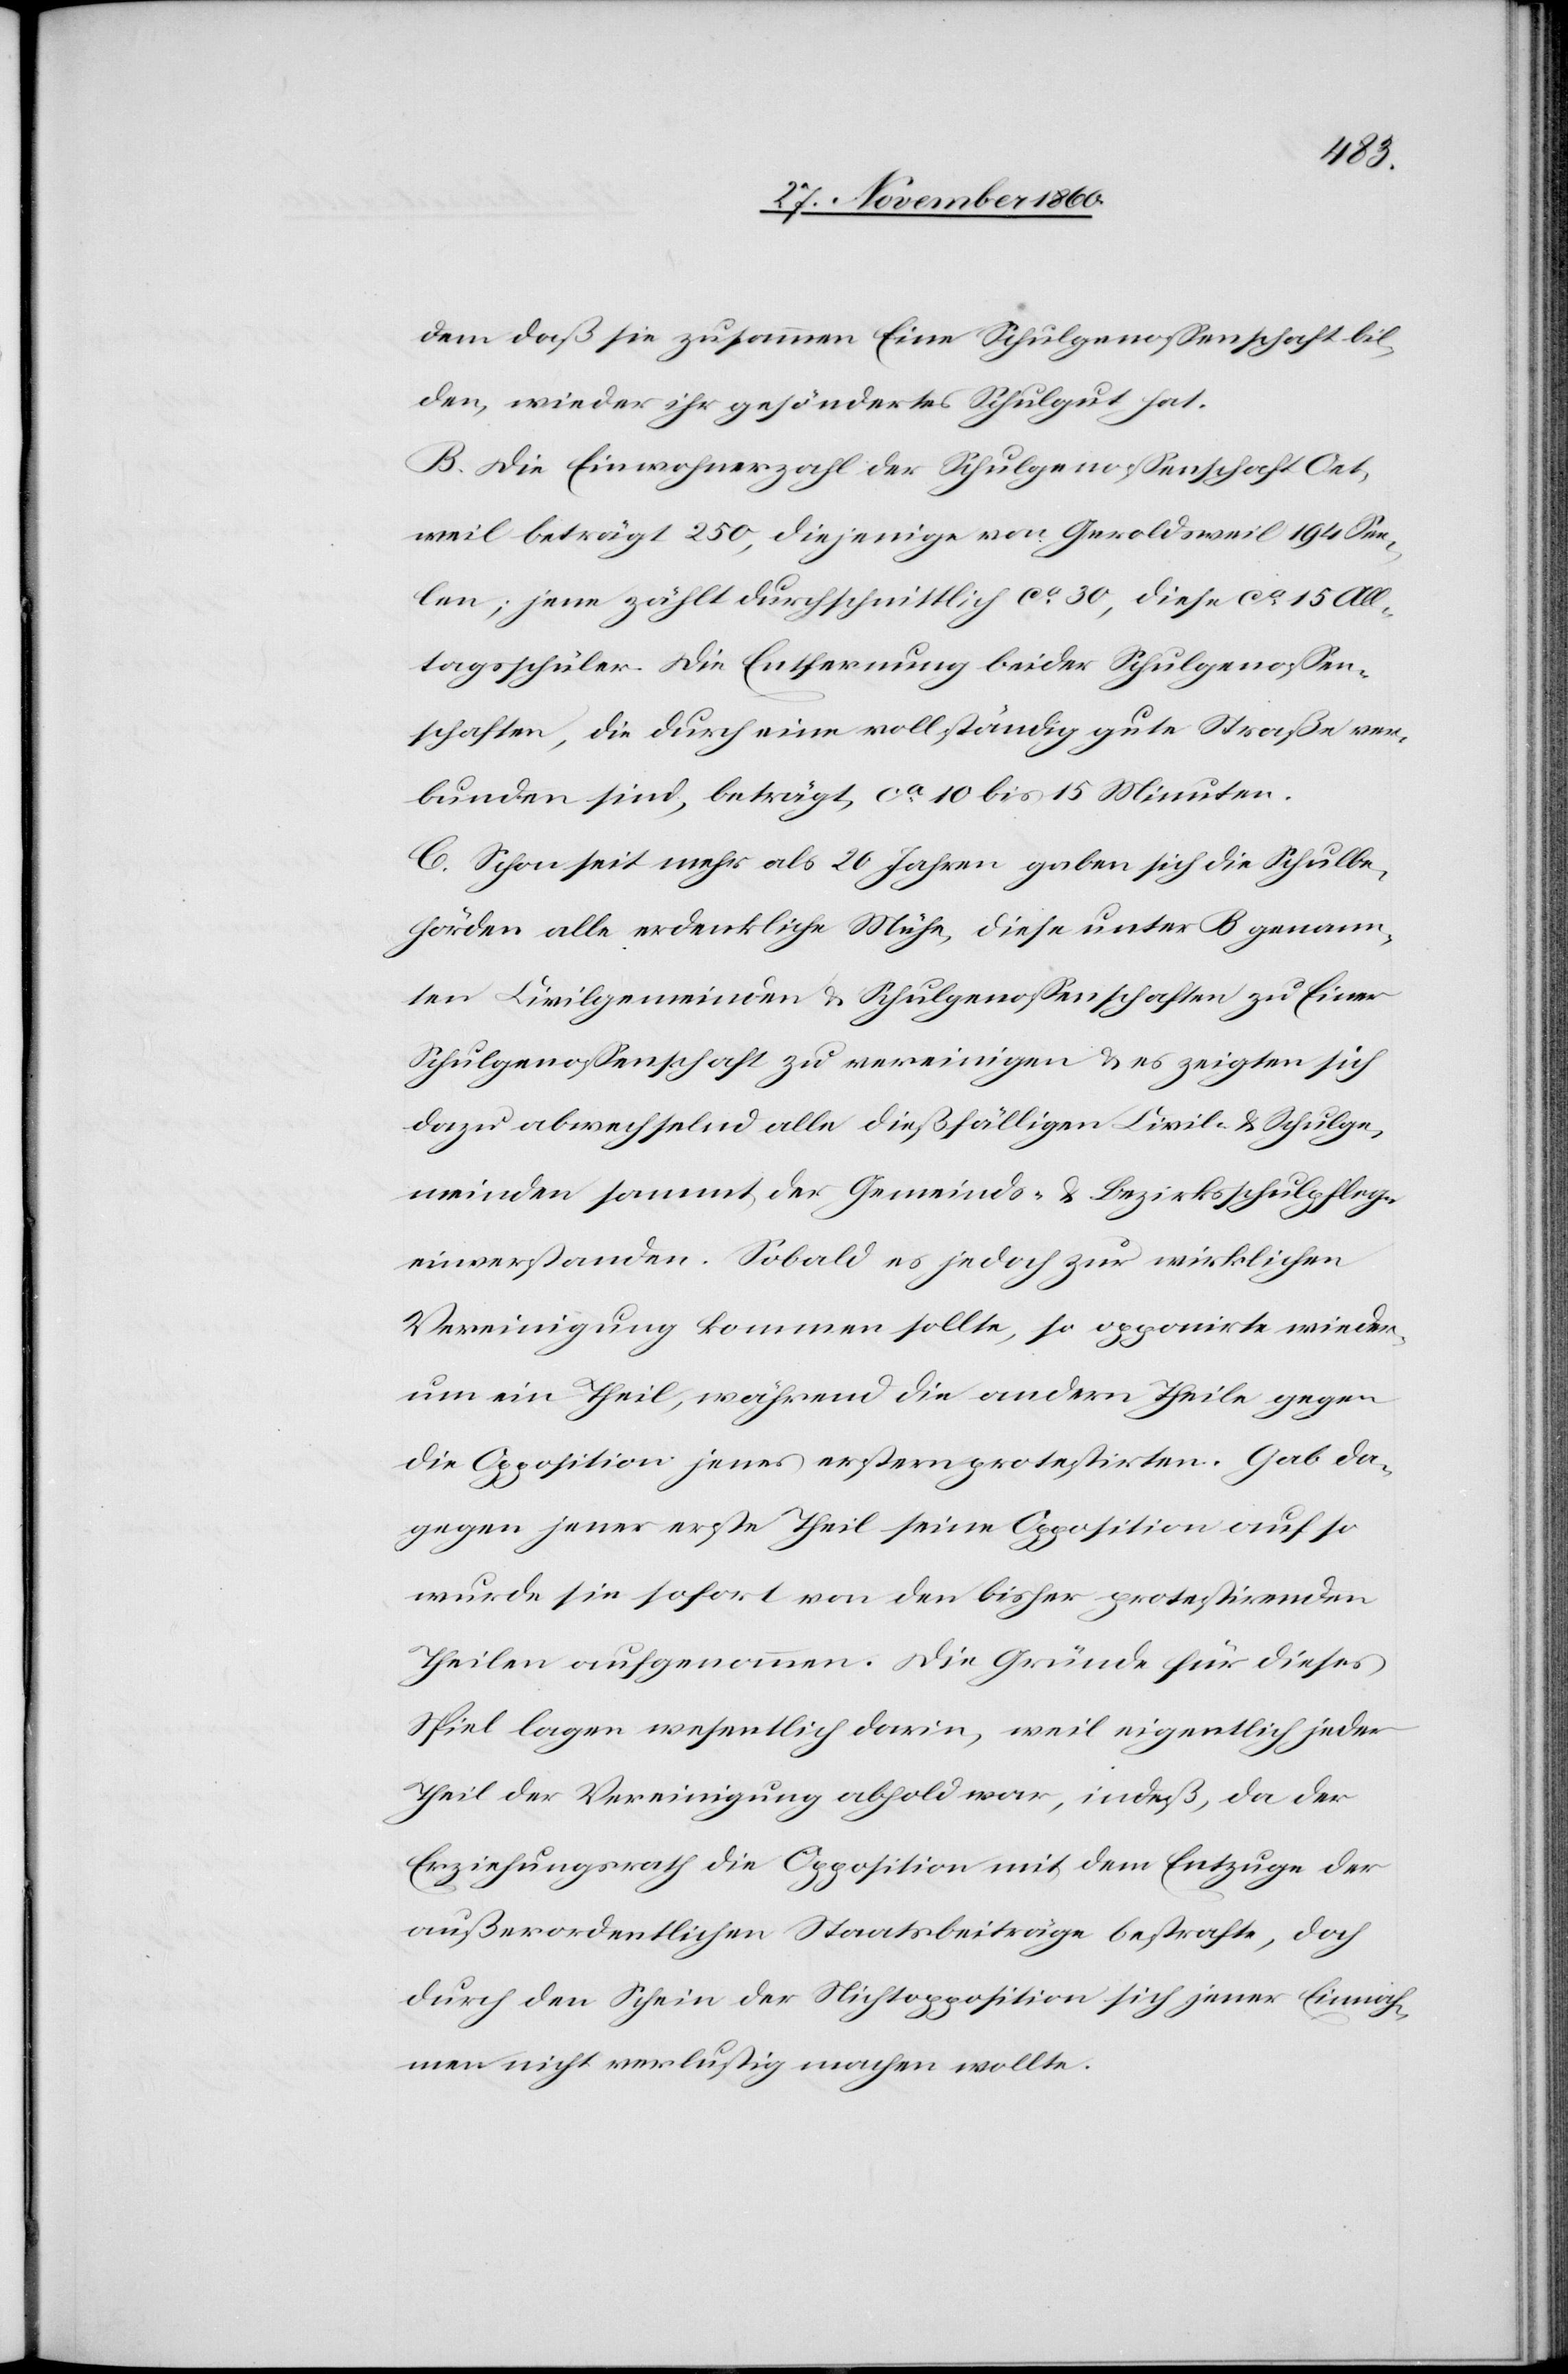
dem daß sie zusammen Eine Schulgenossenschaft bil¬
den, wieder ihr gesöndertes Schulgut hat.
B. Die Einwohnerzahl der Schulgenossenschaft Oet¬
weil beträgt 250, diejenige von Geroldsweil 194 See¬
len; jene zählt durchschnittlich ca 30, diese ca 15 All¬
tagsschüler. Die Entfernung beider Schulgenossen¬
schaften, die durch eine vollständig gute Straße ver¬
bunden sind, beträgt ca 10 bis 15 Minuten.
C. Schon seit mehr als 26 Jahren gaben sich die Schulbe¬
hörden alle ordentliche Mühe, diese unter B genann¬
ten Civilgemeinden u. Schulgenossenschaften zu Einer
Schulgenossenschaft zu vereinigen u. es zeigten sich
dazu abwechselnd alle dießfälligen Civil- u. Schulge¬
meinden sammt der Gemeinds- u. Bezirksschulpflegen
einverstanden. Sobald es jedoch zur wirklichen
Vereinigung kommen sollte, so opponirte wieder¬
um ein Theil, während die andern Theile gegen
die Opposition jenes erstern protestirten. Gab da¬
gegen jener erste Theil seine Opposition auf so
wurde sie sofort von den bisher protestirenden
Theilen aufgenommen. Die Gründe für dieses
Spiel lagen wesentlich darin, weil eigentlich jeder
Theil der Vereinigung abhold war, indeß, da der
Erziehungsrath die Opposition mit dem Entzuge der
außerordentlichen Staatsbeiträge bestrafte, doch
durch den Schein der Nichtopposition sich jener Einnah¬
men nicht verlustig machen wollte.